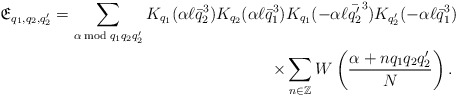
\begin{align*}\mathfrak{E}_{q_1,q_2,q_2'}=\sum_{\alpha\bmod{q_1q_2q_2'}}K_{q_1}(\alpha\ell\bar{q}_2^3)K_{q_2}(\alpha\ell\bar{q}_1^3)&K_{q_1}(-\alpha\ell\bar{q_2'}^3)K_{q_2'}(-\alpha\ell\bar{q}_1^3)\\\times &\sum_{n\in \mathbb{Z}}W\left(\frac{\alpha+nq_1q_2q_2'}{N}\right).\end{align*}